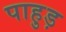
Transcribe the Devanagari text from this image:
पाहुड़